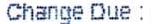
CHANGE DUE :